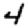
Digit: 4